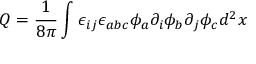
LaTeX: Q = \frac { 1 } { 8 \pi } \int \epsilon _ { i j } \epsilon _ { a b c } \phi _ { a } \partial _ { i } \phi _ { b } \partial _ { j } \phi _ { c } d ^ { 2 } x